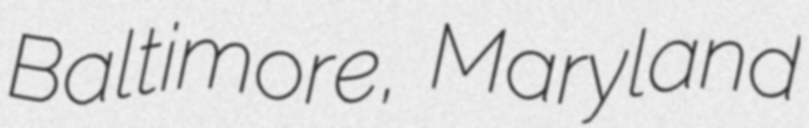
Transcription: Baltimore, Maryland